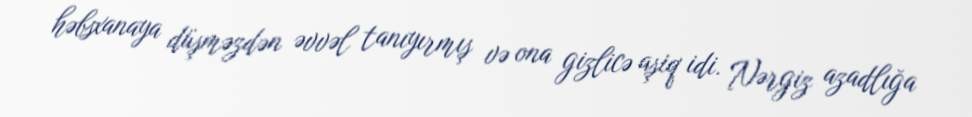
həbsxanaya düşməzdən əvvəl tanıyırmış və ona gizlicə aşiq idi. Nərgiz azadlığa